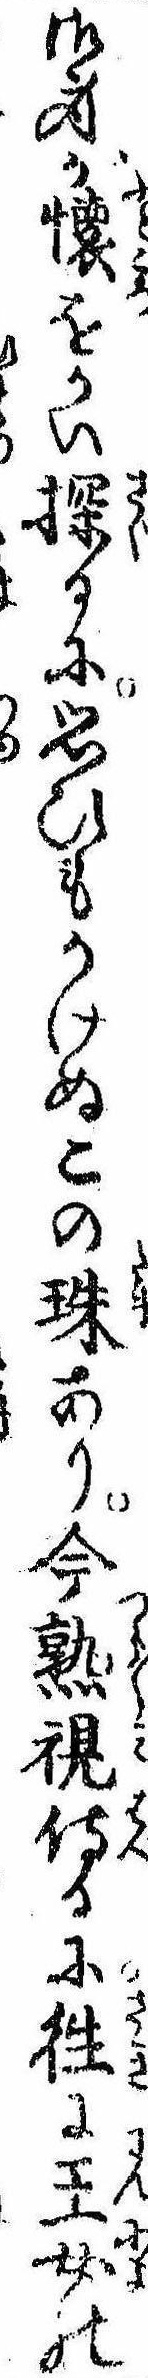
御身が懐をかい探るに思ひもかけぬこの珠あり今熟視侍るに往に王女の